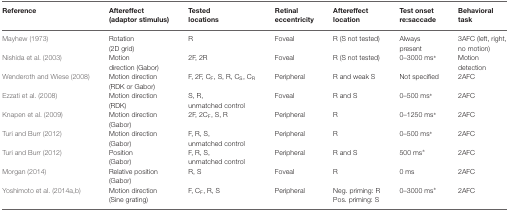
| Reference | Aftereffect (adaptor stimulus) | Tested locations | Retinal eccentricity | Aftereffect locations | Test onset re:saccade | Behavioral task |
 | --- | --- | --- | --- | --- | --- | --- |
 | Mayhew (1973) | Rotation (2D grid) | R | Foveal | R (S not tested) | Always present | 3AFC (left, right, no motion) |
 | Nishida et al. (2003) | Motion direction (Gabor) | 2F, 2R | Foveal | R (S not tested) | 0–3000 ms* | Motion detection |
 | Wenderoth and Wiese (2008) | Motion direction (RDK or Gabor) | F, 2F, CF, S, R, CS, CR | Peripheral | R and weak S | Not specified | 2AFC |
 | Ezzati et al. (2008) | Motion direction (RDK) | S, R, unmatched control | Foveal | R and S | 0–500 ms* | 2AFC |
 | Knapen et al. (2009) | Motion direction (Gabor) | 2F, 2CF, S, R | Peripheral | R | 0–1250 ms* | 2AFC |
 | Turi and Burr (2012) | Motion direction (Gabor) | F, R, S, unmatched control | Peripheral | R | 0–500 ms* | 2AFC |
 | Turi and Burr (2012) | Position (Gabor) | F, R, S, unmatched control | Peripheral | R and S | 500 ms* | 2AFC |
 | Morgan (2014) | Relative position (Gabor) | R, S | Foveal | R | 0 ms | 2AFC |
 | Yoshimoto et al. (2014a); Yoshimoto et al. (2014b) | Motion direction (Sine grating) | F, CF, R, S | Peripheral | Neg. priming: R Pos. priming: S | 0–3000 ms* | 2AFC |